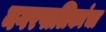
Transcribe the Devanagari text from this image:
नगरपालिकांचा